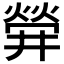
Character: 𤌌